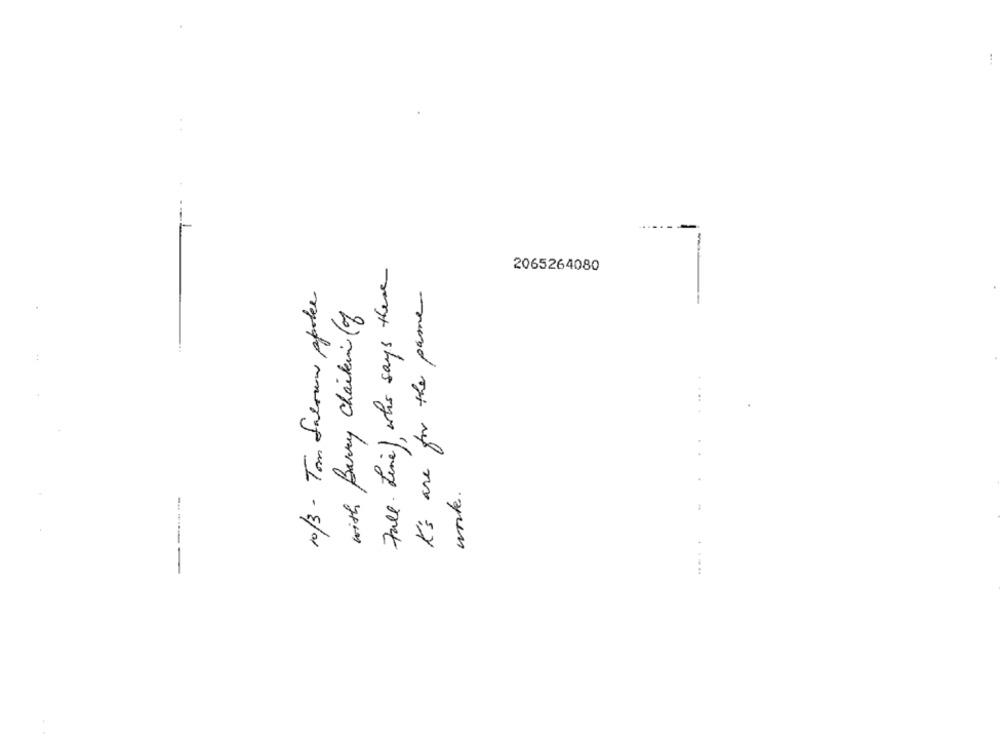
2065264080
Full Line, who says there
10/3 - Tom falouw spoke
K's are for the pane.
with Barry chaikein of
...
work .
-------